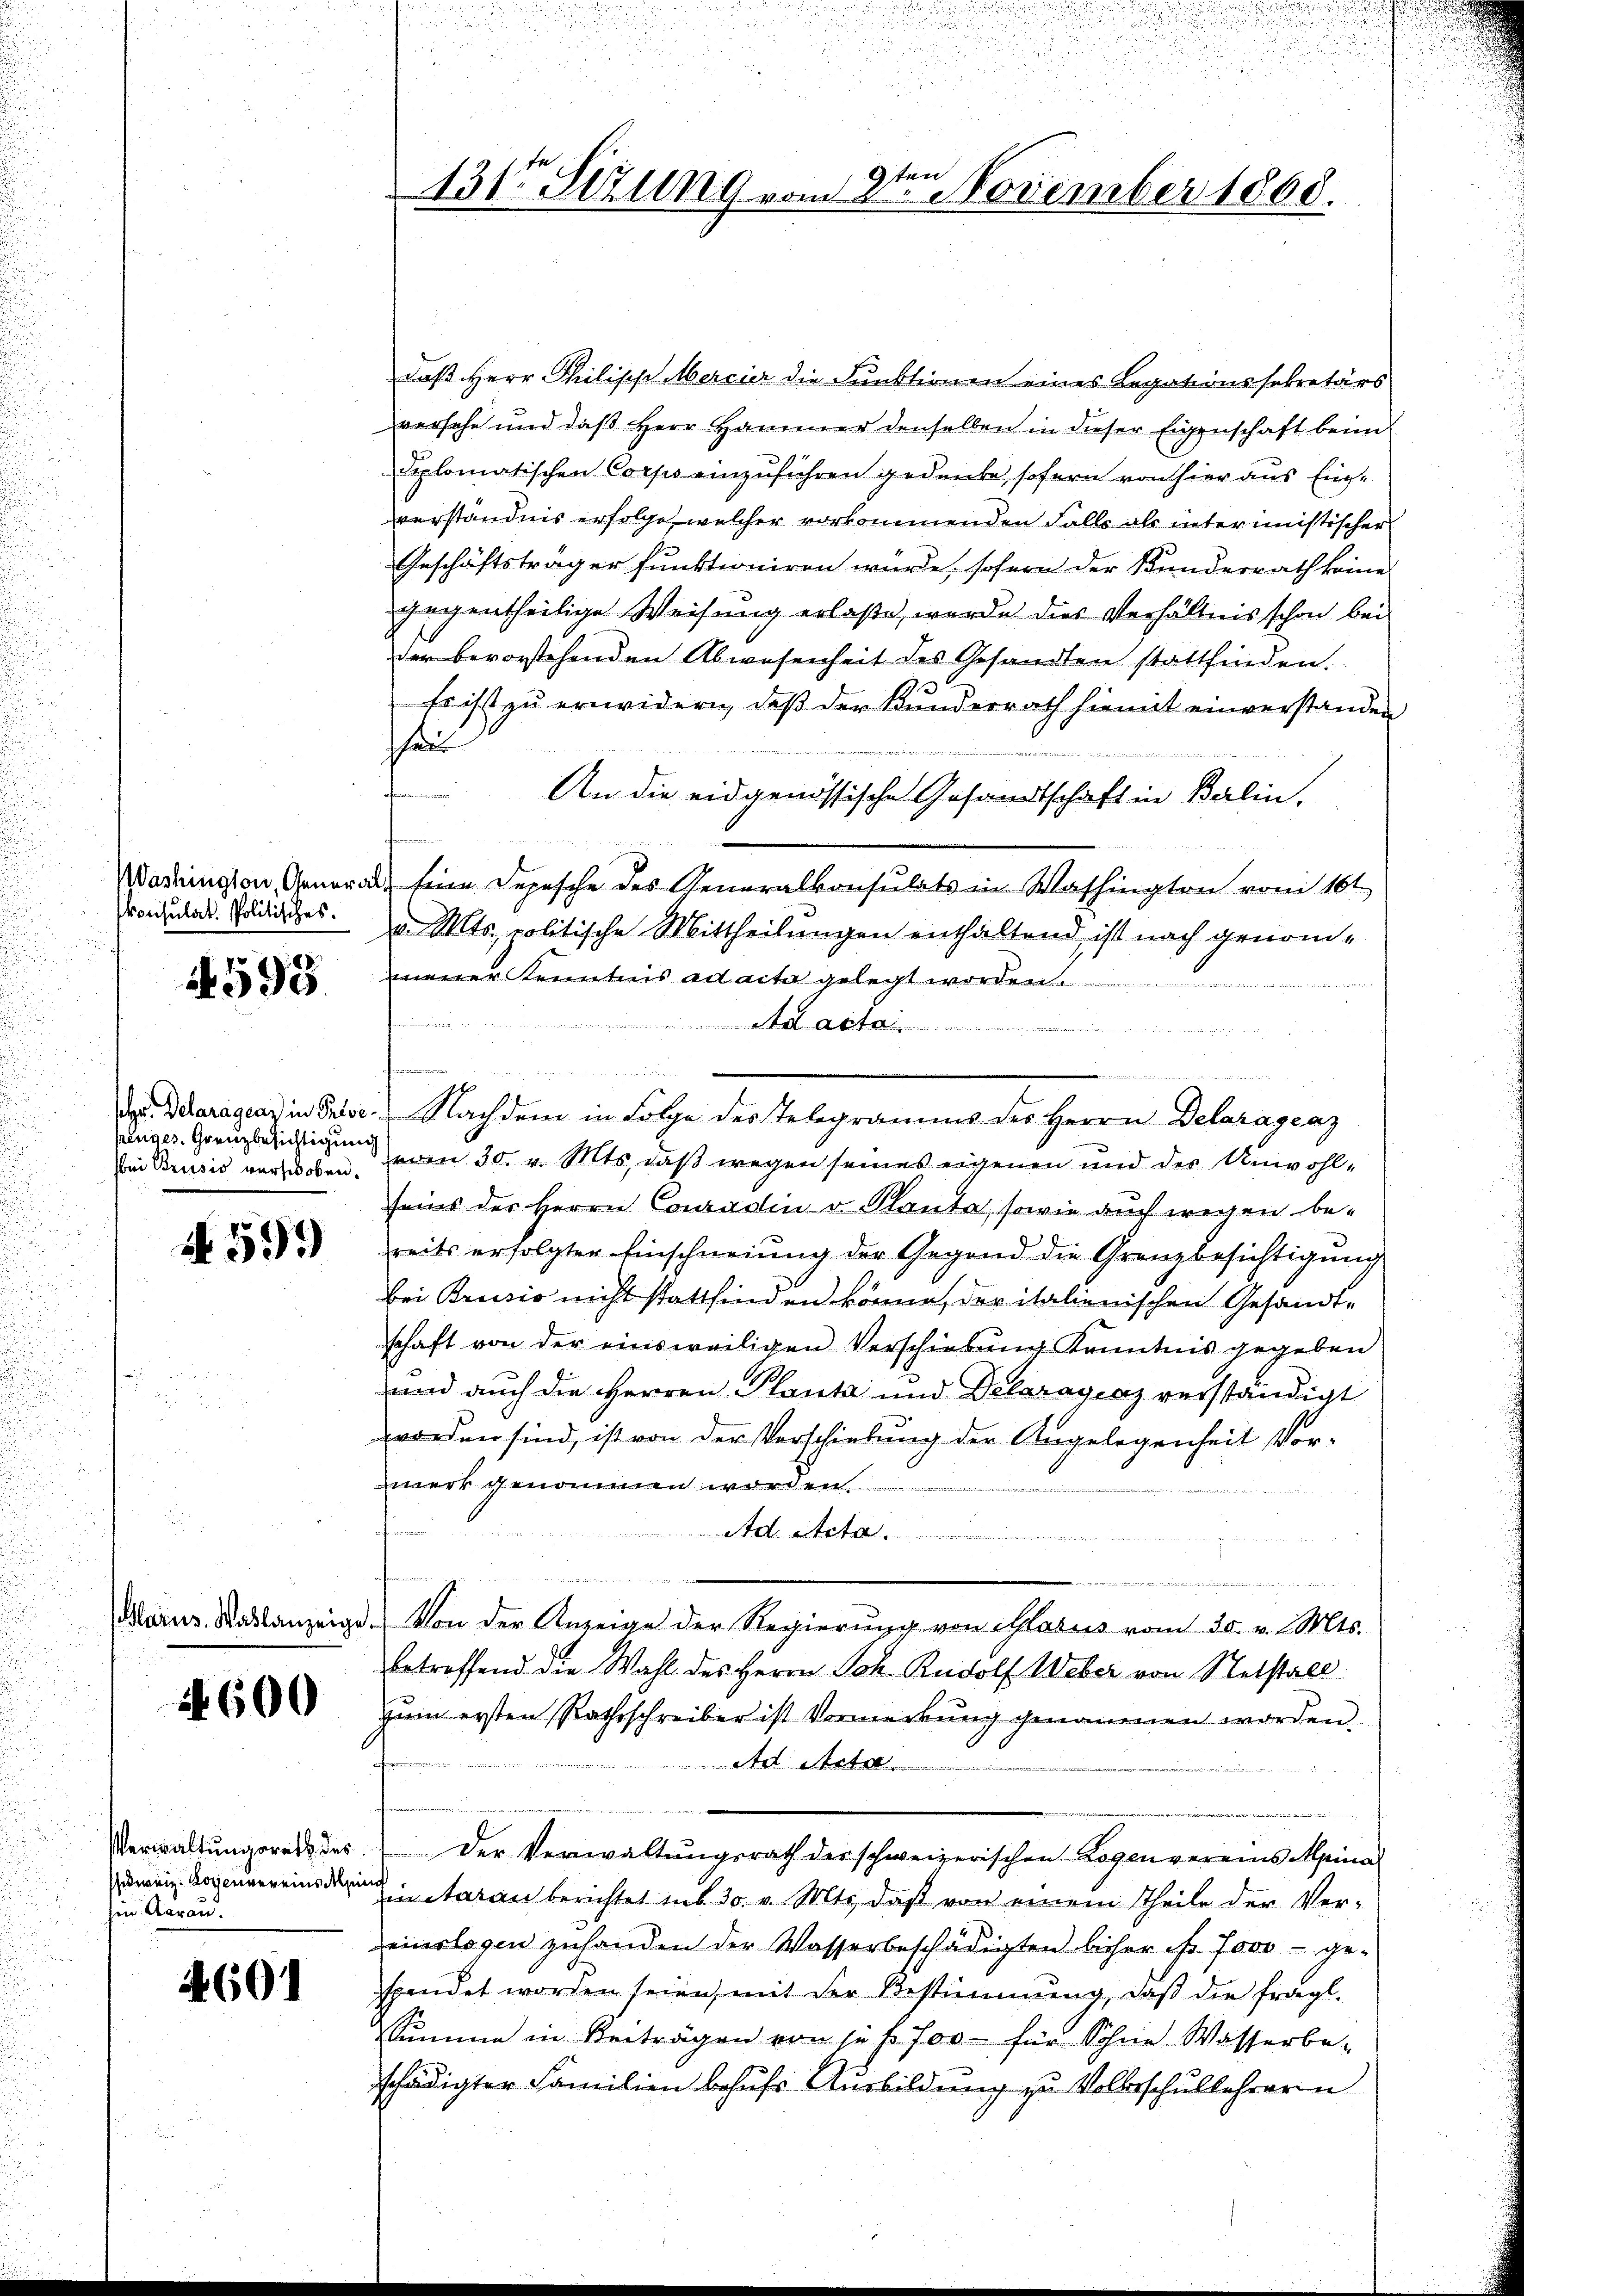
konsulat. Politisches.

598

r. Delaragenz in Prise
henges. Grenzbesichtigung
bei Brusio verschoben.

N 59)

Marus. Wahlanzeige

4600

Verwaltungsrath des
hweiz. Lorennereins del
hin Aarau

4601

131ten Sizung vom 2te͇n November 1800.

daß Herr Philisch Mercier die Funktionen eines Legationssekretärs
versehe und daß Herr Hammer denselben in dieser Eigenschaft beim
diplomatischen Corps einzuführen gedenke, sofern von hier aus Einverständnis erfolge, welcher vorkommenden Falls als interimistischer
Geschäftsträger funktioniren würde, sofern der Kundesrath keine
gegentheilige Weisung erlaße, werde dies Verhältnis schon bei
der bevorstehenden Abwesenheit des Gesandten stattfinden.
Es ist zu erwidern, daß der Bunderrath hiemit einverstanden
scha
An die eidgenössische Gesandtschaft in Berlin,
Washington, General, Eine Depesche des Generalkonsulats in Washington vom 16t
d. Mts. politische Mittheilungen enthaltend ist nach genommener Kenntnis ad acta gelegt worden.
n
 Nachdem in Folge des Telegramms des Herrn Delaragraz
vom 30. v. Mts., daß wegen seines eigenen und der Unwohlseins der Herrn Conradlin v. Planta, sowie auch wegen bereits erfolgter Einschneiung der Gegend die Grenzbesichtigŭng
bei Brusio nicht stattfinden könne, der italienischen Gesandt-
schaft von der einsweiligen Verschiebung Kenntnis gegeben
und auch die Herren Plantz und Delaragraz verständigt
vordner sind, ist von der Verschiebung der Angelegenheit Vor-
werk genommen worden.

tet
n
n
Von der Anzeige der Regierung von Glarus vom 30. v. Mts.
betreffend die Wahl des Herrn Joh. Rudolf Weber von Stetstall
Zum ersten Rathsschreiber ist Vormerkŭng genommen worden.
t
 Der Verwaltŭngsrath der schweizerischen Logen vereins Alpina
ich
ietaran berichtet in 30. v. Mts., daß von einem Theile der Ver-
einslosen zuhanden der Wasserbeschädigten bisher ist 7000 gespendet worden seien, mit der Bestimmung, daβ die fragl.
Summe in Beiträgen von je s. for- für Sohne Wasserbe-
schädigter Familien behufs Ausbildung zu Volksschullehrerin

.